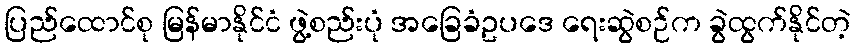
ပြည်ထောင်စု မြန်မာနိုင်ငံ ဖွဲ့စည်းပုံ အခြေခံဥပဒေ ရေးဆွဲစဉ်က ခွဲထွက်နိုင်တဲ့